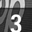
Digit: 3